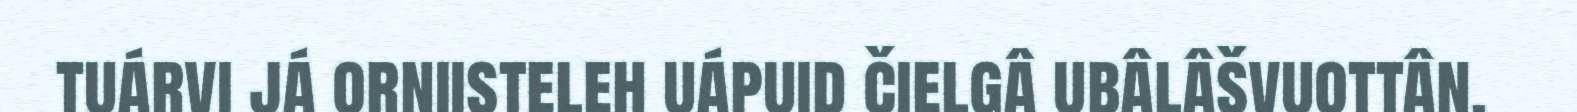
tuárvi já orniisteleh uápuid čielgâ ubâlâšvuottân.